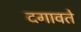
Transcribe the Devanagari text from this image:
दगावते